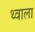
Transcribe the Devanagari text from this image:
थ्वाला